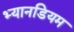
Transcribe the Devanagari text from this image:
भ्यानडियम